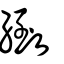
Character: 緻